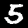
Digit: 5